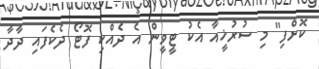
ކޮށްފި" މި ސުރުޚީއާ އެކު ޓީވީން އެ ދެއްކި ފޮޓޯ ދެކެފައި ދާދާ